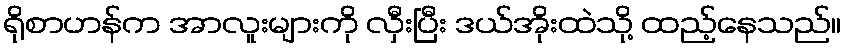
ရိုစာဟန်က အာလူးများကို လှီးပြီး ဒယ်အိုးထဲသို့ ထည့်နေသည်။